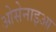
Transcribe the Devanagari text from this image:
ओसेनाइआ